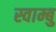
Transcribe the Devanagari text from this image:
स्वाम्बु